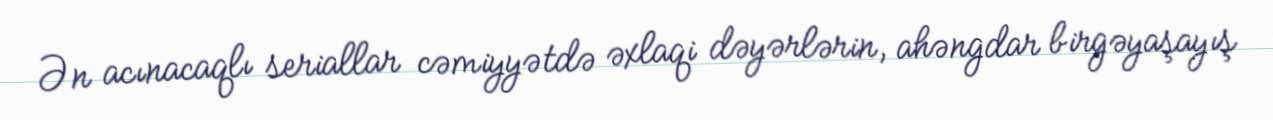
Ən acınacaqlı seriallar cəmiyyətdə əxlaqi dəyərlərin, ahəngdar birgəyaşayış